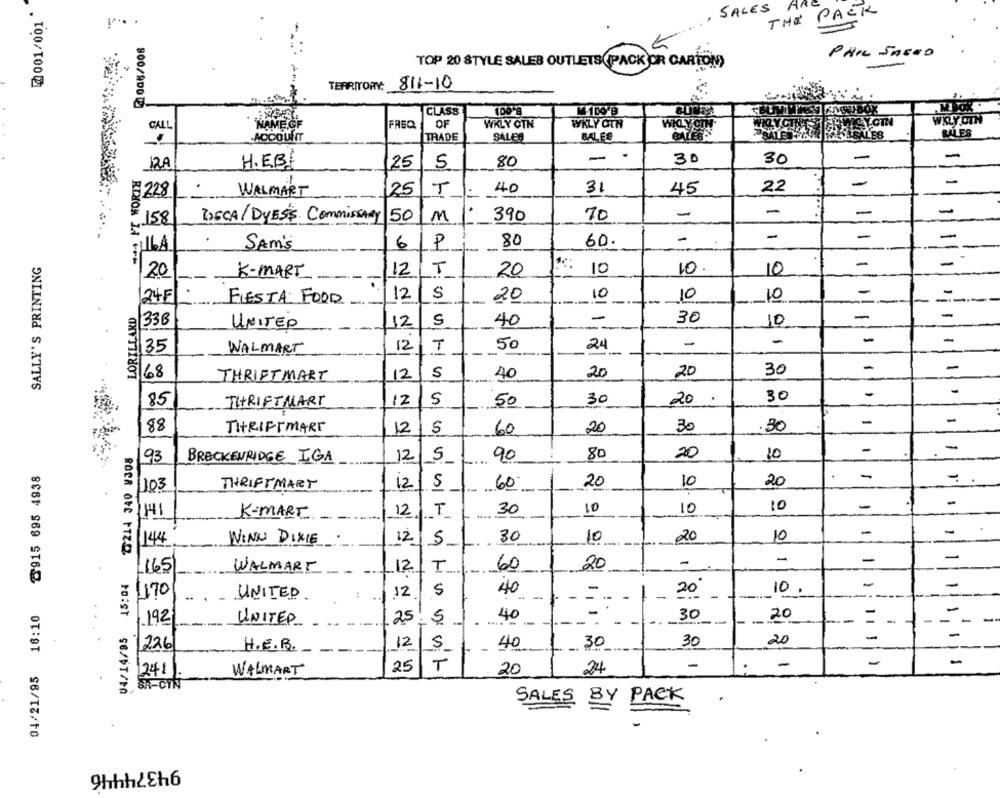
2001/001*
SALES
THE PACK
2006/008
PHIL SAEND
TOP 20 STYLE SALES OUTLETS((PACK OR CARTON)
TERRITORY: 811-10
CLASS
CALL
NAME OF
FREQ
OF
WKLY CTN
WKLY OTH
WKLY CTH
YCINTHEWICYOTN
WKLY OIN
ACCOUNT
TRADE
SALES
BATER
RULES
BALES
1
30
30
-
-
12A
H.EB!
125
5
80
++++ FT WORTH
-
-
228
WALMART
25
T
40
31
45
22
50
70
-
-
-
-
158
BUSCA/DYESS Commissary
M
390
-
-
-
SAM's
6/P
80
60.
-
SALLY'S PRINTING
-
12
10
10.
10
20
K-MART
LT
20
.
S
10
10
-
24F
FIESTA FOOD
12/
20
10
-
----
LORILLARD
-
30
-
-
338
UNITED
12
5
40
10
.
1-1
-
-
-
-
35
WALMART
12
50
24
-
68
12
S
40
20
20
30
-
THRIFTMART
-
30
30
-
85
THRIFTMART
12
5
50
20
-
-
88
THRIFTMART
12
60
20
30
30
-
04/14/85 15:04 ℃214 340 V308
20
10
93
BRECKENRIDGE IGA
12
5
90
80
8915 695 4938
-
-
THRIFT MART
12
60.
20
10
20
103
-
30
10
10
10
-
K-MART
12 T
-
-
144
WINN DIXIE
12]
30
10
20
10
-
-
-
I
60
20
-
165
WALMART
12
-
-
5
10.
1170
UNITED
12
40
-
- - - -
20
04/21/95 16:10
40
30
-
192
UNITED
1.25
5
-
20
-
-
--
-
-
-
1226
H.E.B.
40
30
30
20
12/5
-
-
25
T
20
24
241.
WALMART
SALES BY PACK
94374446